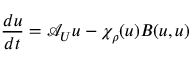
\frac { d u } { d t } = \mathcal { A } _ { U } u - \chi _ { \rho } ( u ) B ( u , u )